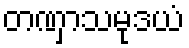
တဏှာသမုဒယံ